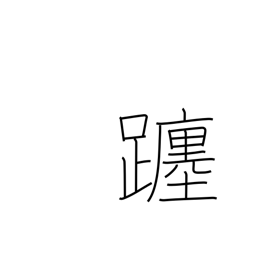
Meaning: movement of the sun/moon through the heavens